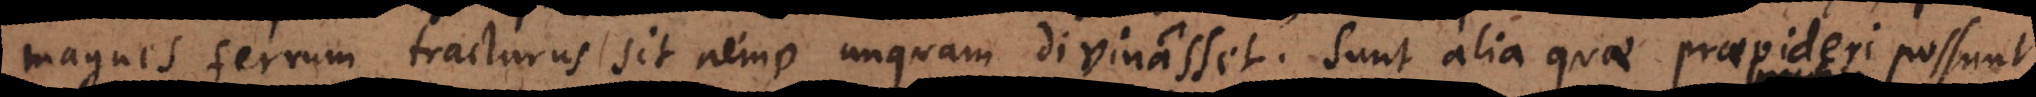
magnes ferrum tracturus sit nemo unquam divinasset. Sunt alia quae praevideri possunt